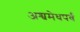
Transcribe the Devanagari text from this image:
अश्वमेधपर्व